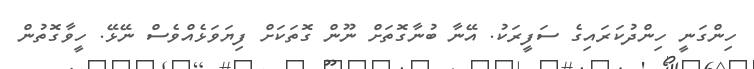
ހިންގަނީ ހިންދުކަރައިގެ ސަފީރަކު. އޭނާ ބުނާގޮތަށް ނޫން ގޮތަކަށް ފިޔަވަޅެއްވެސް ނޭޅޭ. ހީވާގޮތުން